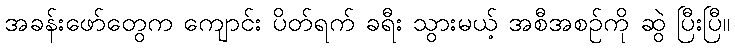
အခန်းဖော်တွေက ကျောင်း ပိတ်ရက် ခရီး သွားမယ့် အစီအစဉ်ကို ဆွဲ ပြီးပြီ။